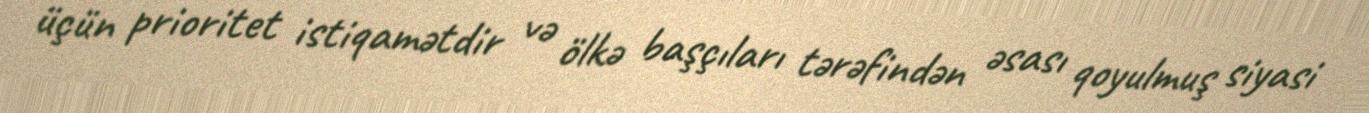
üçün prioritet istiqamətdir və ölkə başçıları tərəfindən əsası qoyulmuş siyasi